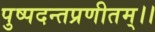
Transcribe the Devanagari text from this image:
पुष्पदन्तप्रणीतम्।।